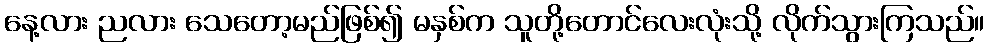
နေ့လား ညလား သေတော့မည်ဖြစ်၍ မနှစ်က သူတို့တောင်လေးလုံးသို့ လိုက်သွားကြသည်။